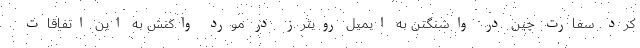
کرد. سفارت چین در واشنگتن به ایمیل رویترز در مورد واکنش به این اتفاقات